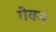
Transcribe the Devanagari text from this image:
गेवन